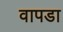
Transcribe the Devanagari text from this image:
वापडा